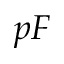
p F